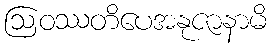
ဩဝဿတိပေအနုဇာနာမိ